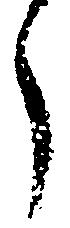
了